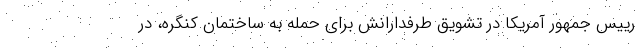
رییس جمهور آمریکا در تشویق طرفدارانش برای حمله به ساختمان کنگره، در